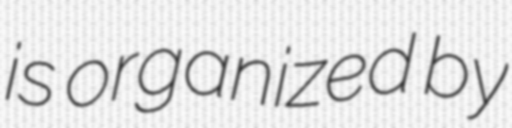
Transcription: is organized by